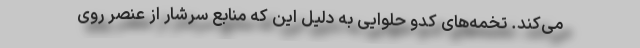
می‌کند. تخمه‌های کدو حلوایی به دلیل این که منابع سرشار از عنصر روی